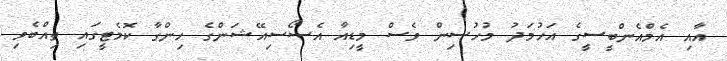
އާއި އެމްއެންބީސީގެ އަހުމަދު މުހުސިން ވެސް މީޑިއާ އެސޯސިއޭޝަންގެ ހިންގާ ކޮމެޓީގައި ތިއްބެވި